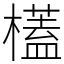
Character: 㯼